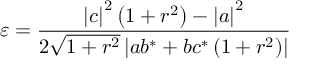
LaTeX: \varepsilon = \frac { \left| c \right| ^ { 2 } \left( 1 + r ^ { 2 } \right) - \left| a \right| ^ { 2 } } { 2 \sqrt { 1 + r ^ { 2 } } \left| a b ^ { \ast } + b c ^ { \ast } \left( 1 + r ^ { 2 } \right) \right| }